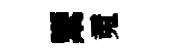
鬻䰟